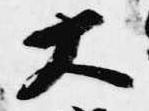
大